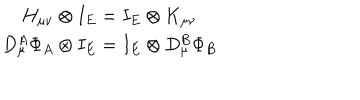
\begin{array} { c } { { H _ { \mu \nu } \otimes I _ { E } = I _ { E } \otimes K _ { \mu \nu } } } \\ { { D _ { \mu } ^ { A } \Phi _ { A } \otimes I _ { E } = I _ { E } \otimes D _ { \mu } ^ { B } \Phi _ { B } } } \\ \end{array}